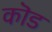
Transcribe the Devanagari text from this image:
कॊड